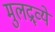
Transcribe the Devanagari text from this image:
मुलद्र्व्ये